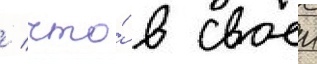
/ что́ в своеи